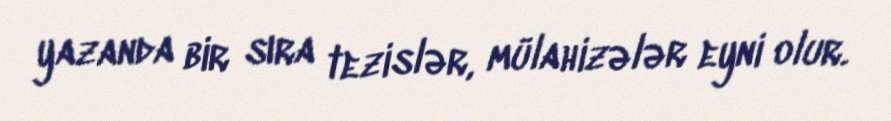
yazanda bir sıra tezislər, mülahizələr eyni olur.